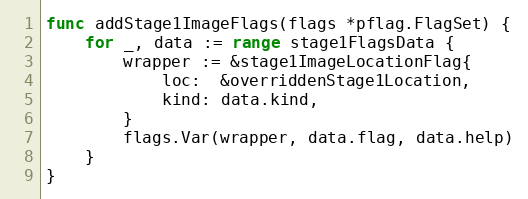
Language: Go
func addStage1ImageFlags(flags *pflag.FlagSet) {
	for _, data := range stage1FlagsData {
		wrapper := &stage1ImageLocationFlag{
			loc:  &overriddenStage1Location,
			kind: data.kind,
		}
		flags.Var(wrapper, data.flag, data.help)
	}
}